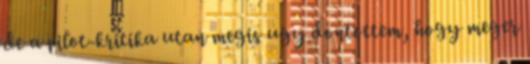
de a pilot-kritika utan megis ugy dontottem, hogy meger